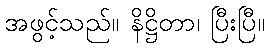
အဖွင့်သည်။ နိဋ္ဌိတာ၊ ပြီးပြီ။